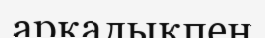
арқалықпен